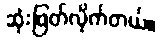
ဆုံးဖြတ်လိုက်တယ်။